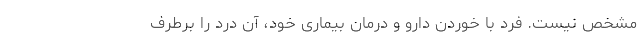
مشخص نيست. فرد با خوردن دارو و درمان بیماری خود، آن درد را برطرف